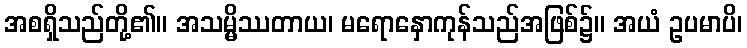
အစရှိသည်တို့၏။ အသမ္မိဿတာယ၊ မရောနှောကုန်သည်အဖြစ်၌။ အယံ ဥပမာပိ၊